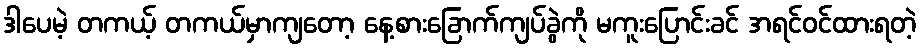
ဒါပေမဲ့ တကယ့် တကယ်မှာကျတော့ နေ့စားခြောက်ကျပ်ခွဲကို မကူးပြောင်းခင် အရင်ဝင်ထားရတဲ့